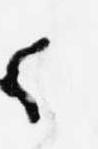
之